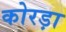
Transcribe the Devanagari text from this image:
कोरड़ा